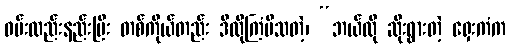
ဝမ်းလည်းနည်းပြီး တစ်ကိုယ်တည်း ဒီလိုကြံမိသတဲ့၊ “ဘယ်လို ဆိုးရွားတဲ့ ရှေးကံက